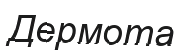
Дермота